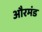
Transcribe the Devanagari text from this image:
औरमंड